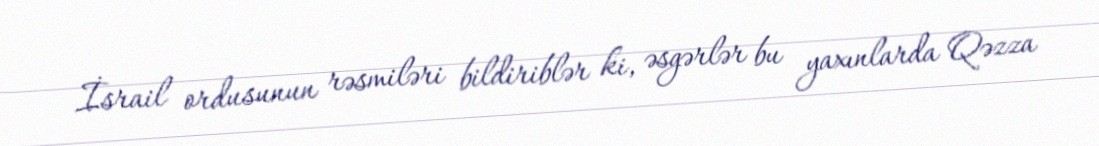
İsrail ordusunun rəsmiləri bildiriblər ki, əsgərlər bu yaxınlarda Qəzza